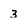
Character: 3